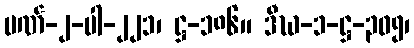
ပဏ်-၂-ပါ-၂၂၁၊ ဋ္ဌ-၁၈၆။ ဒီဃ-၁-ဋ္ဌ-၃၀၅၊